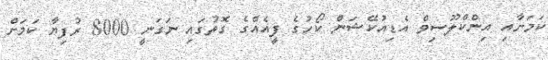
ކަމަށާއި އިންކްލޫސިވް އެޑިއުކޭޝަން ކޯހުގެ ފީއެއްގެ ގޮތުގައި ނަގަނީ 8000 ރުފިޔާ ކަމަށް